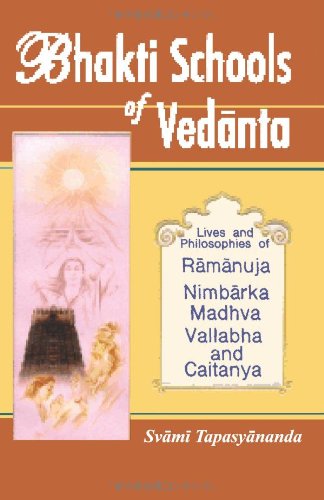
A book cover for Bhakti Schools of Vedanta; Swami Tapasyananda; Religion & Spirituality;